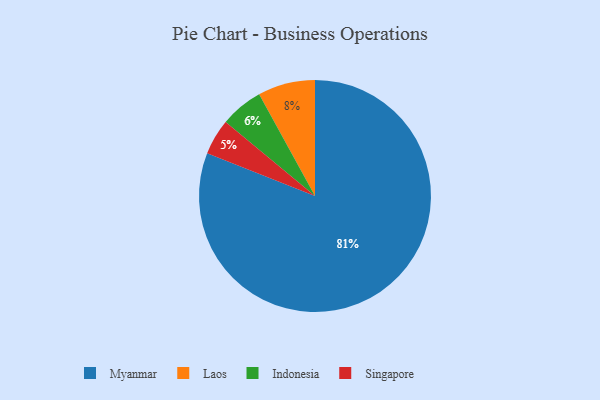
{"axis": {"x": "Category", "y": "Percentage"}, "legend": ["Indonesia", "Laos", "Myanmar", "Singapore"], "data": [{"x": "Singapore", "y": 5, "type": "Singapore"}, {"x": "Indonesia", "y": 6, "type": "Indonesia"}, {"x": "Laos", "y": 8, "type": "Laos"}, {"x": "Myanmar", "y": 81, "type": "Myanmar"}]}